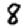
Digit: 8